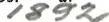
1892